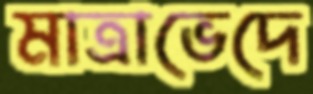
মাত্রাভেদে